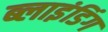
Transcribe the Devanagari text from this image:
ब्‍लाइंडिंग